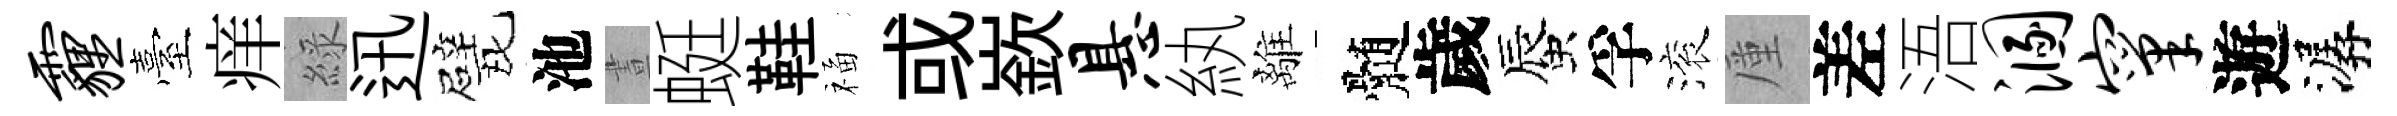
霾臺痒綠迅戏池晝蜓鞋福或嶔悬紈離髄歲蜃孚滚厪差浯溷窠遊潺